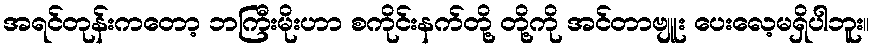
အရင်တုန်းကတော့ ဘကြီးမိုးဟာ စကိုင်းနက်တို့ တို့ကို အင်တာဗျူး ပေးလေ့မရှိပါဘူး။